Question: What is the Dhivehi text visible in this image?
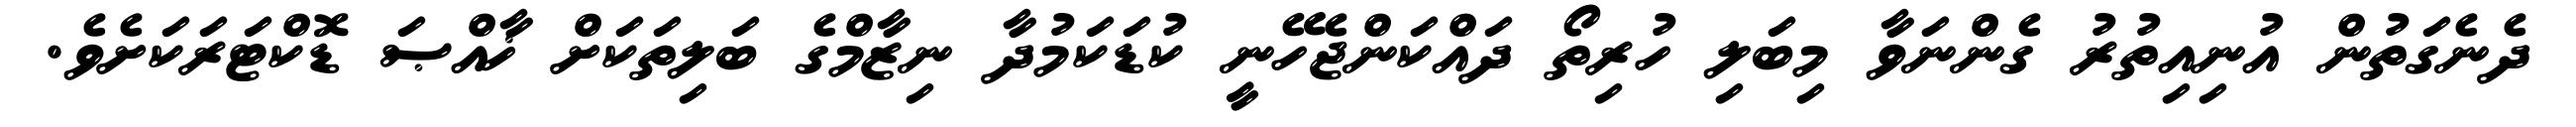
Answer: ދެނެގަތުން އުނިއިތުރު ގެންނަވާ މިބަލި ހުރިތޯ ދައްކަންޖެހޭނީ ކުޑަކަމުދާ ނިޒާމްގެ ބަލިތަކަށް ޚާއްޞަ ޑޮކްޓަރަކަށެވެ.